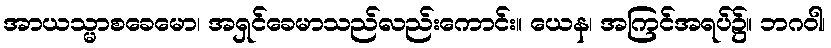
အာယသ္မာစခေမော၊ အရှင်ခေမာသည်လည်းကောင်း။ ယေန၊ အကြင်အရပ်၌။ ဘဂဝါ၊